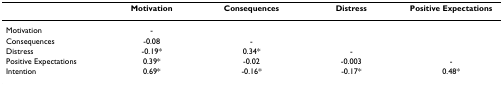
|  | Motivation | Consequences | Distress | Positive Expectations |
 | --- | --- | --- | --- | --- |
 | Motivation | - |  |  |  |
 | Consequences | -0.08 | - |  |  |
 | Distress | -0.19* | 0.34* | - |  |
 | Positive Expectations | 0.39* | -0.02 | -0.003 | - |
 | Intention | 0.69* | -0.16* | -0.17* | 0.48* |